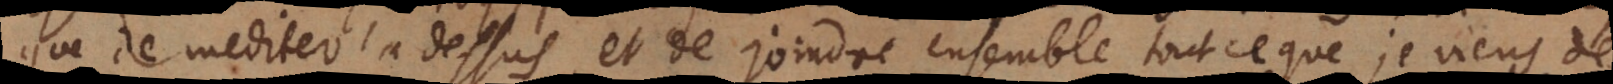
que de mediter là‐dessus, et de joindre ensemble tout ce que je viens de